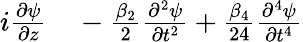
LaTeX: \begin{array}{rl}{i\frac{\partial\psi}{\partial z}}&{{}-\frac{\beta_{2}}{2}\frac{\partial^{2}\psi}{\partial t^{2}}+\frac{\beta_{4}}{24}\frac{\partial^{4}\psi}{\partial t^{4}}}\end{array}